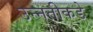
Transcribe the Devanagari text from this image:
उन्‍नतीकडे